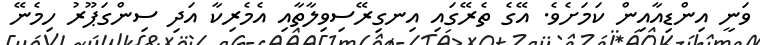
ވަނީ އިންޑިއާއިން ކަމަށެވެ. އޭގެ ތެރޭގައި އިނގިރޭސިވިލާތާއި އެމެރިކާ އަދި ސިންގަޕޫރު ހިމެނޭ